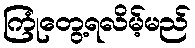
ကြုံတွေ့ရလိမ့်မည်